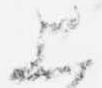
上